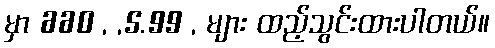
မှာ 660 , ,5.99 , များ ထည့်သွင်းထားပါတယ်။